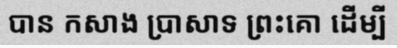
បាន កសាង ប្រាសាទ ព្រះគោ ដើម្បី